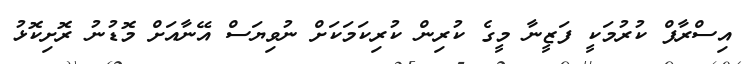
އިސްރާފް ކުރުމަކީ ފަޒީނާ މީގެ ކުރިން ކުރިކަމަކަށް ނުވިޔަސް އޭނާއަށް މޮޑުނު ރޮށިކޮޅު